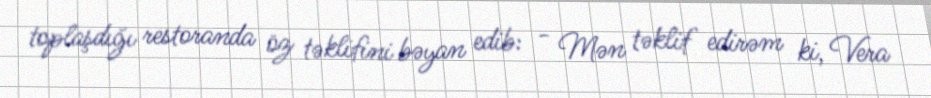
toplaşdığı restoranda öz təklifini bəyan edib: - Mən təklif edirəm ki, Vera